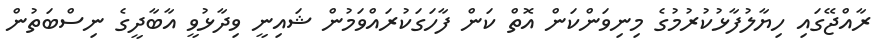
ރާއްޖޭގައި ހިޔާލުފާޅުކުރުމުގެ މިނިވަންކަން އޮތް ކަން ފާހަގަކުރައްވަމުން ޝައިނީ ވިދާޅުވީ އާބާދީގެ ނިސްބަތުން